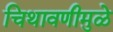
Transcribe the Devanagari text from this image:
चिथावणीमुळे